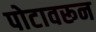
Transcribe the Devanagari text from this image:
पोटावरून